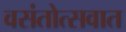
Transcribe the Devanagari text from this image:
वसंतोत्सवात